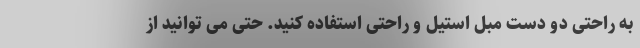
به راحتی دو دست مبل استیل و راحتی استفاده کنید. حتی می توانید از